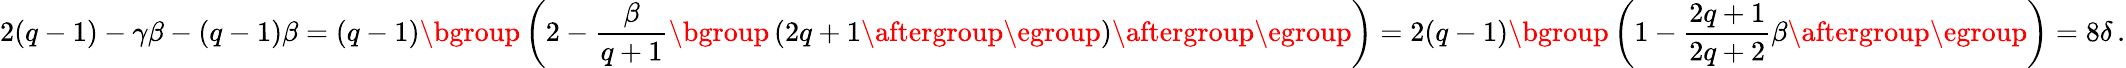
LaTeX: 2(q-1)-\gamma\beta-(q-1)\beta=(q-1)\mathopen{}\mathclose\bgroup\left(2-\frac{\beta}{q+1}\mathopen{}\mathclose\bgroup\left(2q+1\aftergroup\egroup\right)\aftergroup\egroup\right)=2(q-1)\mathopen{}\mathclose\bgroup\left(1-\frac{2q+1}{2q+2}\beta\aftergroup\egroup\right)=8\delta\, .